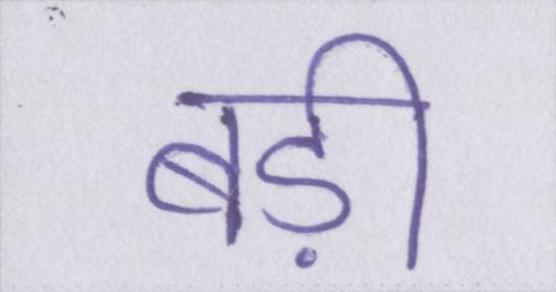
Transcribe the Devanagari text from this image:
बड़ी